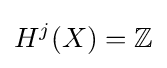
H^{j}(X)=\mathbb {Z}